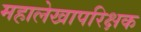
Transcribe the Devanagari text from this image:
महालेखापरिक्षक